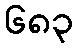
၆၈၃